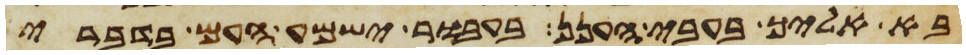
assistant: בא אליך בעבי הענן בעבור ישמע העם בדברי